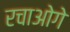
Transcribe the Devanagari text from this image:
रचाओगे